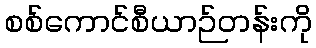
စစ်ကောင်စီယာဉ်တန်းကို